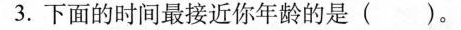
3.下面的时间最接近你年龄的是()。